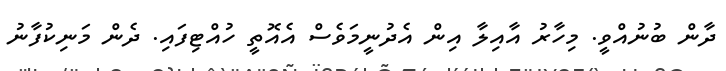
ދާން ބުނުއްވީ. މިހާރު އާއިލާ އިން އެދުނީމަވެސް އެއޮތީ ހުއްޓިފައި. ދެން މަނިކުފާނު